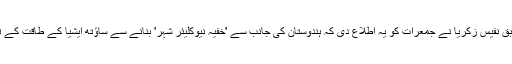
ڈان میں شائع خبر کے مطابق نفیس زکريا نے جمعرات کو یہ اطلاع دی کہ ہندوستان کی جانب سے 'خفیہ نیوکلیئر شہر' بنانے سے ساؤتھ ایشیا کے طاقت کے توازن درہم برہم ہو رہا ہے۔